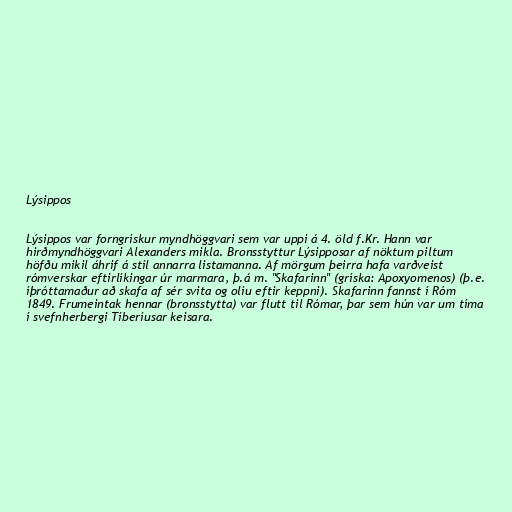
Lýsippos

Lýsippos var forngrískur myndhöggvari sem var uppi á 4. öld f.Kr. Hann var
hirðmyndhöggvari Alexanders mikla. Bronsstyttur Lýsipposar af nöktum piltum
höfðu mikil áhrif á stíl annarra listamanna. Af mörgum þeirra hafa varðveist
rómverskar eftirlíkingar úr marmara, þ.á m. "Skafarinn" (gríska: Apoxyomenos) (þ.e.
íþróttamaður að skafa af sér svita og olíu eftir keppni). Skafarinn fannst í Róm
1849. Frumeintak hennar (bronsstytta) var flutt til Rómar, þar sem hún var um tíma
í svefnherbergi Tíberíusar keisara.